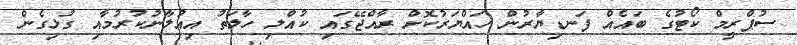
ސުޕްރީމް ކޯޓުގެ ބައެއް ފަނޑިޔާރުން ހައްޔަރުކޮށް ރާއްޖޭގައި ކުއްލި ހާލަތު އިއުލާނުކުރުމާއި ގުޅިގެން